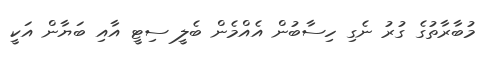
މުބާރާތުގެ ގުރު ނެގި ހިސާބުން އެއްމެން ބެލީ ސިޓީ އާއި ބަޔާން އަކީ